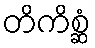
တိကိစ္ဆံ